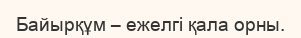
Байырқұм – ежелгі қала орны.